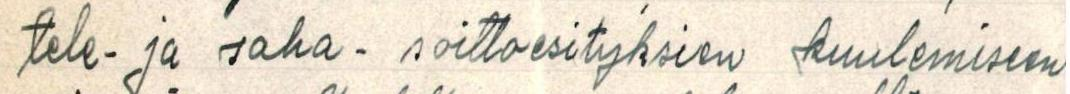
tele- ja saha- soittoesityksien kuulemiseen